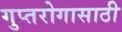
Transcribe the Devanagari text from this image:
गुप्तरोगासाठी